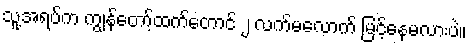
သူ့အရပ်က ကျွန်တော့်ထက်တောင် ၂ လက်မလောက် မြင့်နေမလားပဲ။